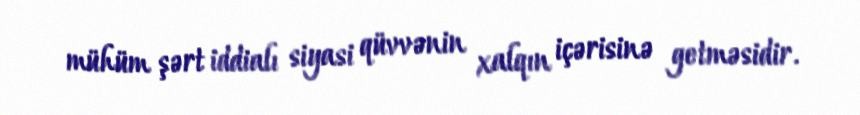
mühüm şərt iddialı siyasi qüvvənin xalqın içərisinə getməsidir.